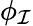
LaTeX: \phi_{\mathcal{I}}